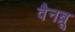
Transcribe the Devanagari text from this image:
वैनब्रू